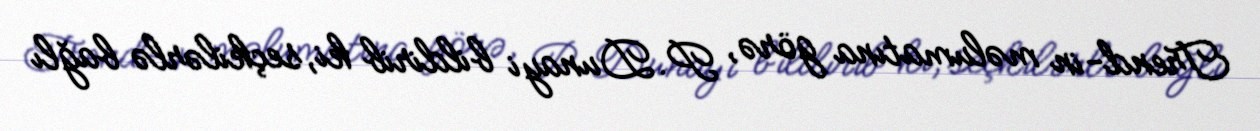
Trend-in məlumatına görə, P.Dunayi bildirib ki, seçkilərlə bağlı